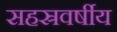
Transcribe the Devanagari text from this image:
सहस्रवर्षीय